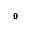
_ 0